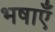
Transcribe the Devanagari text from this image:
भषाएँ